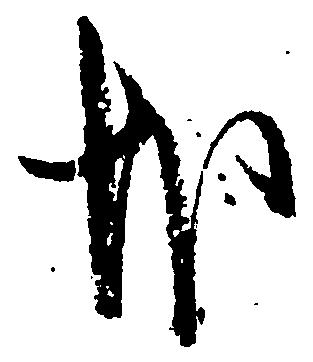
哉